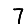
Digit: 7